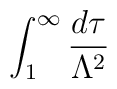
\int _{1}^{\infty }\frac{d\tau }{\Lambda ^{2}}